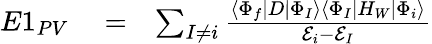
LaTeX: \begin{array}{rlr}{E1_{PV}}&{{}=}&{\sum_{I\ne i}\frac{\langle\Phi_{f}|D|\Phi_{I}\rangle\langle\Phi_{I}|H_{W}|\Phi_{i}\rangle}{{\cal E}_{i}-{\cal E}_{I}}}\end{array}